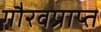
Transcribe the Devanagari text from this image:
गौरवप्राप्त